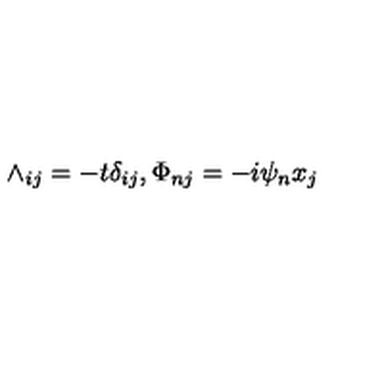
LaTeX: \wedge _ { i j } = - t \delta _ { i j } , \Phi _ { n j } = - i \psi _ { n } x _ { j }